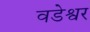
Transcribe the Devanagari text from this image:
वडेश्वर